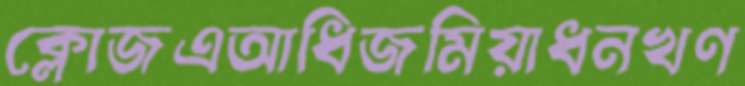
ক্লোজএআধিজমিয়াধনখণ